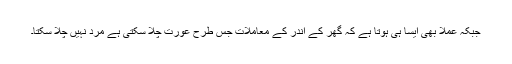
جبکہ عملاً بھی ایسا ہی ہوتا ہے کہ گھر کے اندر کے معاملات جس طرح عورت چلا سکتی ہے مرد نہیں چلا سکتا۔